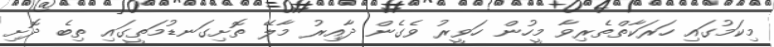
މިކަމުގައި ހަރަކާތްތެރިވާ މީހުން ހަވީރު ވެގެން ދާއިރު މާލޭ ތޮށިގަނޑުމަތީގައި ތިބެ ދޮށި